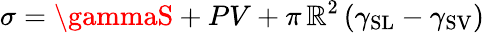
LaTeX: \sigma=\gammaS+PV+\pi\, \mathbb{R}^{2}\left(\gamma_{\mathrm{{SL}}}-\gamma_{\mathrm{{SV}}}\right)